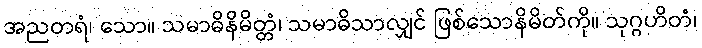
အညတရံ၊ သော။ သမာဓိနိမိတ္တံ၊ သမာဓိသာလျှင် ဖြစ်သောနိမိတ်ကို။ သုဂ္ဂဟိတံ၊